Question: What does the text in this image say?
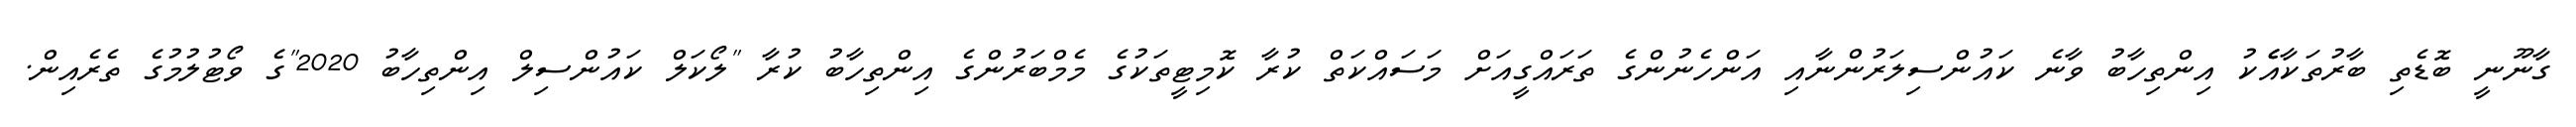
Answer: ގާނޫނީ ބޮޑެތި ބާރުތަކާއެެކު އިންތިހާބު ވާނެ ކައުންސިލަރުންނާއި އަންހެނުންގެ ތަރައްގީއަށް މަސައްކަތް ކުރާ ކޮމިޓީތަކުގެ މެމްބަރުންގެ އިންތިހާބު ކުރާ "ލޯކަލް ކައުންސިލް އިންތިހާބު 2020"ގެ ވޯޓުލުމުގެ ތެރެއިން.